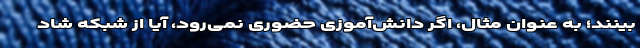
‌بینند؛ به عنوان مثال، اگر دانش‌آموزی حضوری نمی‌رود، آیا از شبکه شاد